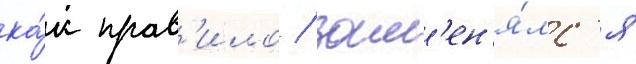
ка́к прав'ило / зам'ен'я́лс'я